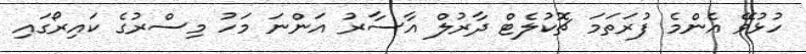
ހުޅުވޭ އެންމެ ފުރަތަމަ ޗޮކުލެޓް ދާރުލް އާސާރު އަންނަ މަހު މިސްރުގެ ކައިރޯގައި